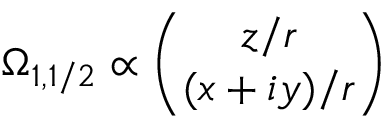
\Omega _ { 1 , 1 / 2 } \propto { \binom { z / r } { ( x + i y ) / r } }